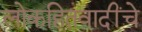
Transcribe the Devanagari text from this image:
लोकहितवादींचे